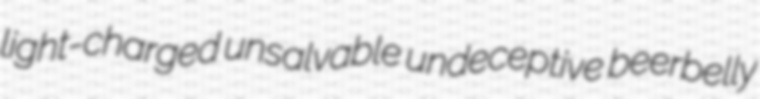
light-charged unsalvable undeceptive beerbelly